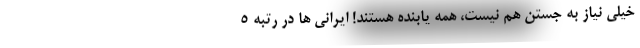
خیلی نیاز به جستن هم نیست، همه یابنده هستند! ایرانی ها در رتبه 5